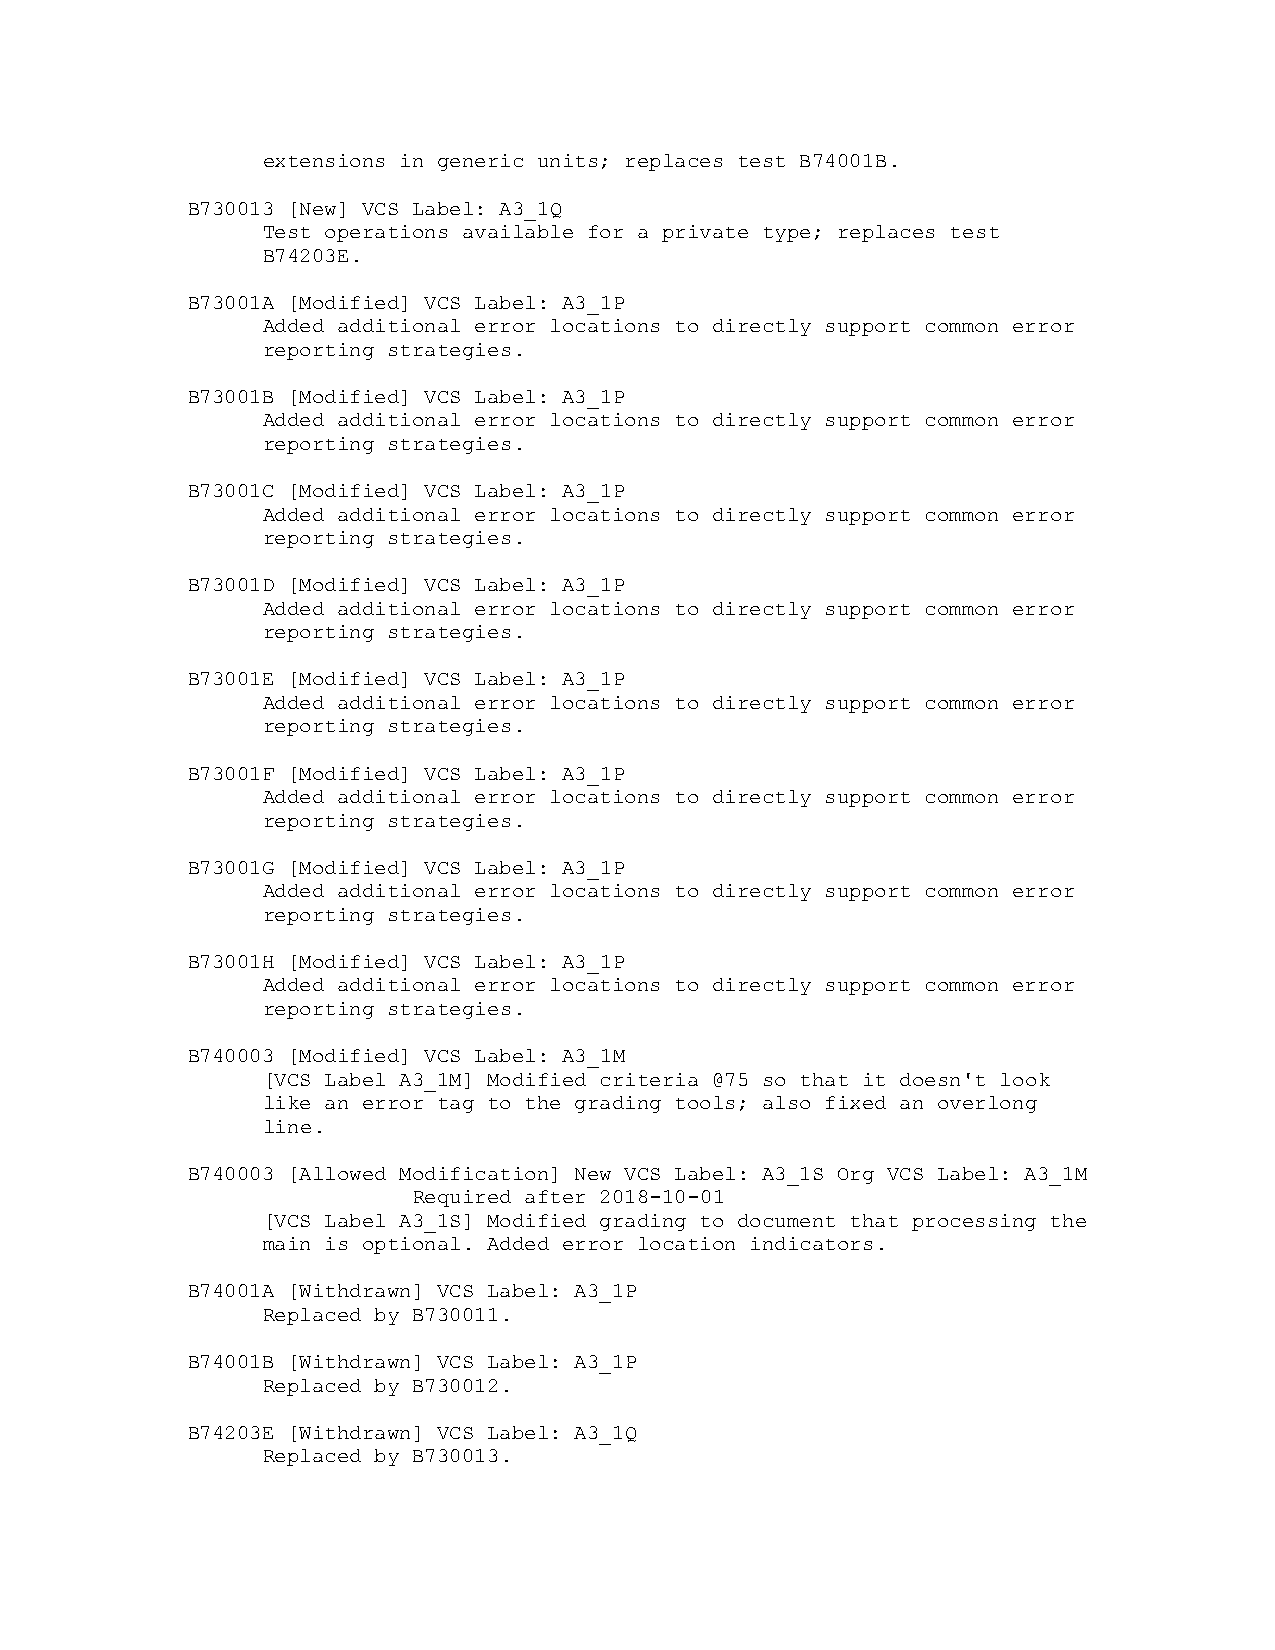
extensions in generic units; replaces test B74001B.
 B730013 [New] VCS Label: A3_1Q
 Test operations available for a private type; replaces test
 B74203E.
 B73001A [Modified] VCS Label: A3_1P
 Added additional error locations to directly support common error
 reporting strategies.
 B73001B [Modified] VCS Label: A3_1P
 Added additional error locations to directly support common error
 reporting strategies.
 B73001C [Modified] VCS Label: A3_1P
 Added additional error locations to directly support common error
 reporting strategies.
 B73001D [Modified] VCS Label: A3_1P
 Added additional error locations to directly support common error
 reporting strategies.
 B73001E [Modified] VCS Label: A3_1P
 Added additional error locations to directly support common error
 reporting strategies.
 B73001F [Modified] VCS Label: A3_1P
 Added additional error locations to directly support common error
 reporting strategies.
 B73001G [Modified] VCS Label: A3_1P
 Added additional error locations to directly support common error
 reporting strategies.
 B73001H [Modified] VCS Label: A3_1P
 Added additional error locations to directly support common error
 reporting strategies.
 B740003 [Modified] VCS Label: A3_1M
 [VCS Label A3_1M] Modified criteria @75 so that it doesn't look
 like an error tag to the grading tools; also fixed an overlong
 line.
 B740003 [Allowed Modification] New VCS Label: A3_1S Org VCS Label: A3_1M
 Required after 2018-10-01
 [VCS Label A3_1S] Modified grading to document that processing the
 main is optional. Added error location indicators.
 B74001A [Withdrawn] VCS Label: A3_1P
 Replaced by B730011.
 B74001B [Withdrawn] VCS Label: A3_1P
 Replaced by B730012.
 B74203E [Withdrawn] VCS Label: A3_1Q
 Replaced by B730013.